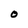
Character: 0